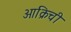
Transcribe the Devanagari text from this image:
आक्रिची